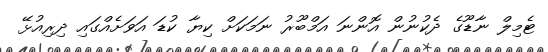
ޓެމިލް ނާޑޫގެ ދެކުނުން އޮންނަ އަމްބޫރު ނަމަކަށް ކިޔާ ކުޑަ އަވަށެއްގައި ދިރިއުޅޭ